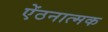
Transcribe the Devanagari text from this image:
ऐंठनात्मक